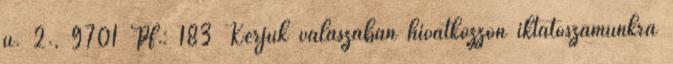
u. 2., 9701 Pf.: 183 Kérjük válaszában hivatkozzon iktatószámunkra